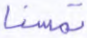
تمسنا